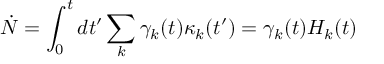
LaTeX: \dot { N } = \int _ { 0 } ^ { t } d t ^ { \prime } \sum _ { k } \gamma _ { k } ( t ) \kappa _ { k } ( t ^ { \prime } ) = \gamma _ { k } ( t ) H _ { k } ( t )